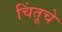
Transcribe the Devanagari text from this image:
चिंतूचे